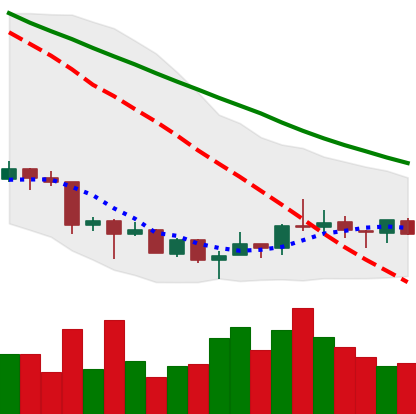
Ticker: XRP-USD
Chart end date: 2018-07-08
Forward return: -8.165%
Label: down_7plus